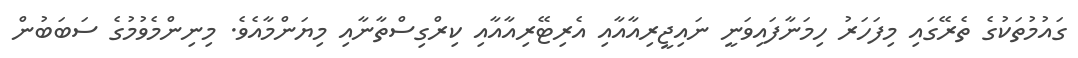
ގައުމުތަކުގެ ތެރޭގައި މިފަހަރު ހިމަނާފައިވަނީ ނައިޖީރިއާއާއި އެރިޓޭރިއާއާއި ކިރްގިސްތާނާއި މިޔަންމާއެވެ. މިނިންމެވުމުގެ ސަބަބުން